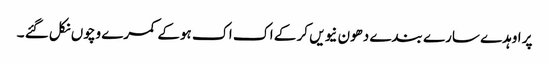
پر اوہدے سارے بندے دھون نیویں کر کے اک اک ہوکے کمرے وچوں نکل گئے ۔